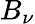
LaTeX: B_{\nu}